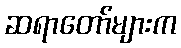
ဆရာတော်များက